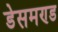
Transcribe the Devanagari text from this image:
डेसमण्ड